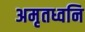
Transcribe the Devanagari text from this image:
अमृतध्वनि